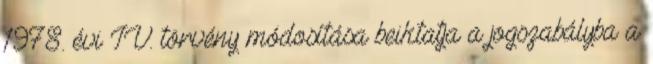
1978. évi IV. törvény módosítása beiktatja a jogszabályba a